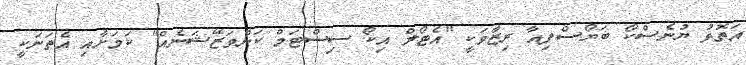
އަތޮޅު ޔުނެސްކޯ ބަޔޯސްފިއާ ރިޒާވަކީ "އެޓޯލް އިކޯ ސިސްޓަމް ކަންވަޒޭޝަނެއް" ކަމަށާއި އެތަނަކީ